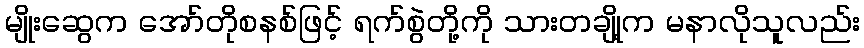
မျိုးဆွေက အော်တိုစနစ်ဖြင့် ရက်စွဲတို့ကို သားတချို့က မနာလိုသူလည်း